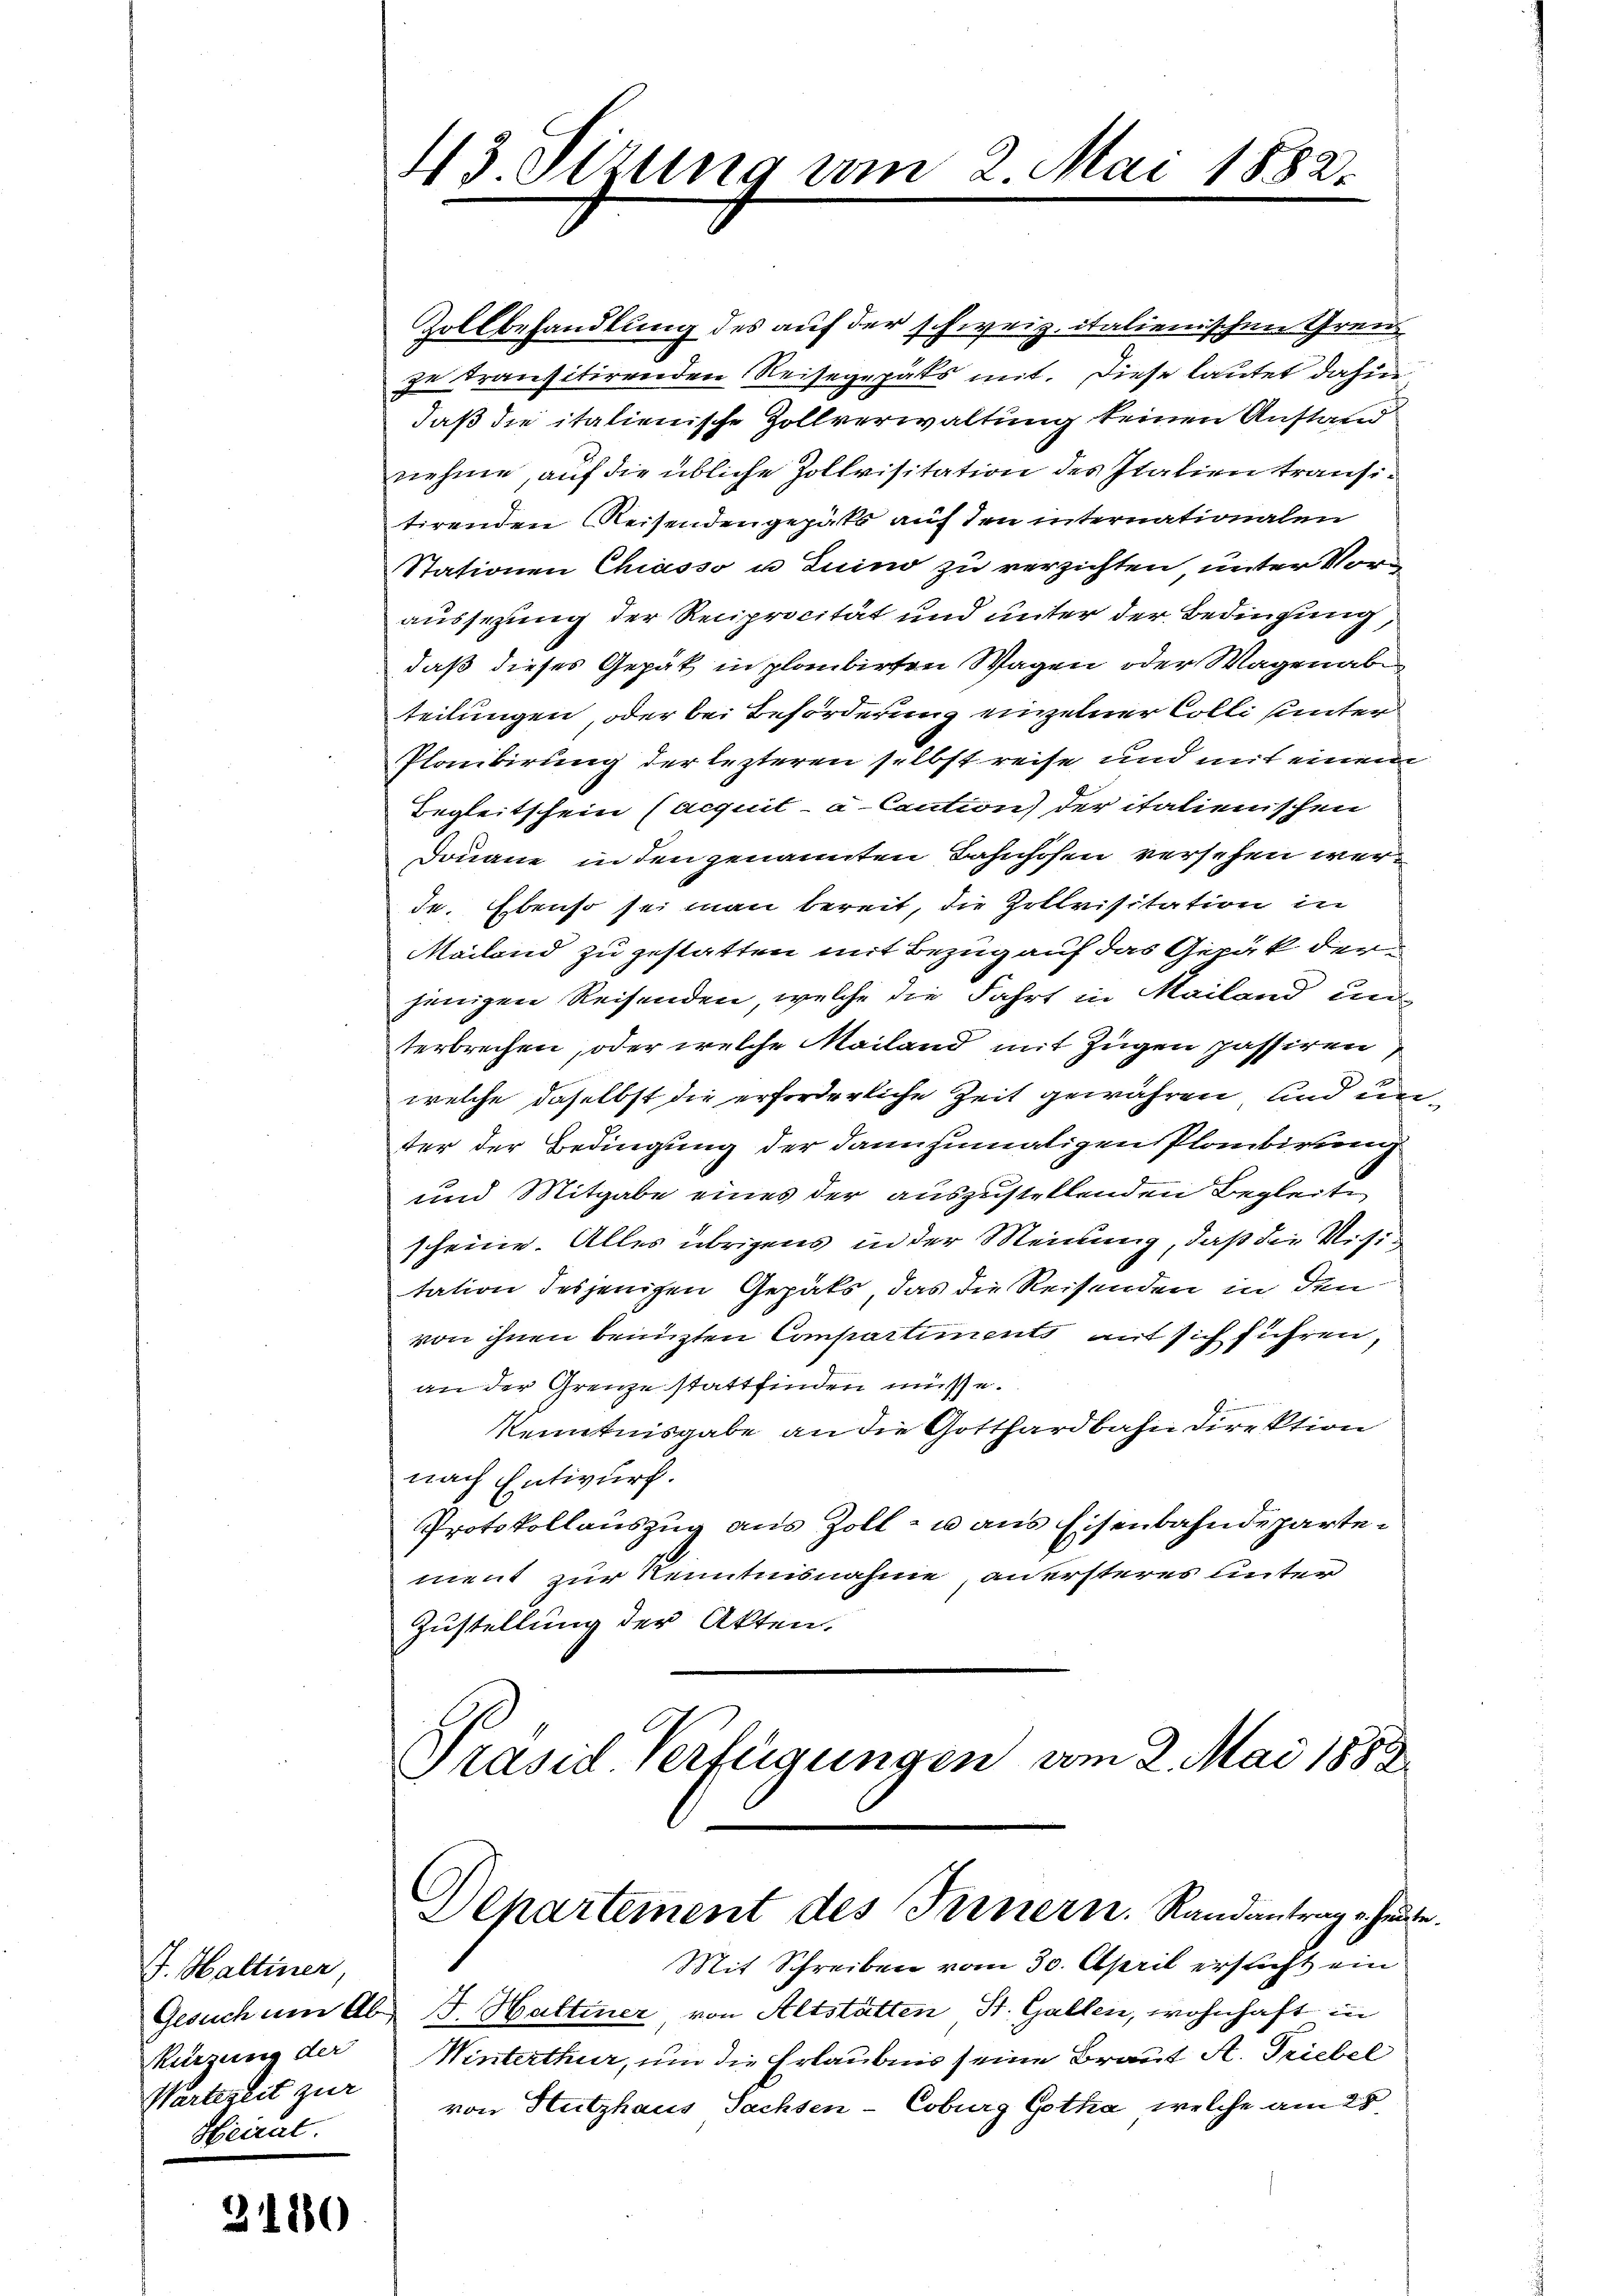
J. Haltiner,
Gesuch um Ab
Kürzung der
Wartezeit zur
Heirat

3180

43. Sizung um 2 Mai 1882.

Zollbehandlung des auf der schweiz. italienischen Gren
zu transitirenden Reisegepäts mit. Diese lautet dahin
daß die italienische Zollverwaltung keinen Anstand
nehme, auf die übliche Zollvisitation des Italien transitirenden Reisendengepäts auf den internationalen
Stationen Chiasso u Luino zu verzichten unter Voraussezung der Reciprocität und unter der Bedingung,
daß dieses Gepät in plaubirten Wagen oder Wagen ab
teilungen, oder bei Beförderung einzelner Colli unter
Plaubirung der lezteren selbst reise und mit einem
Begleitschein (acquit- a- Caution der italienischen
Donaue in den genannten Bahnhofen versehen werde. Ebenso sei man bereit, die Zollvisitation in
Mailand zu gestatten mit Bezug auf das Gepäck der
jenigen Reisenden, welche die Fahrt in Mailand un
terbrechen, oder welche Mailand mit Zugen passiren
welche daselbst die erforderliche Zeit gewähren, und un
ter der Bedingung der dannzumaligen Plantirung
und Mitgabe eines der auszustellenden Begleite
scheine. Alles übrigens in der Meinung, daß die Visitation desjenigen Gepäts, das die Reisenden in den
von ihnen benuzten Compartiments mit sich führen,
an der Grenze stattfinden müsse.
Kenntnisgabe an die Gotthardbahn direktion
nach Entwurf.
Protokollauszug aus Zoll- u aus Eisenbahndepartement zur Kenntnisnahme anersteres unter
Zustellung der Akten.
Präsid Verfügungen vom 2. Mai 1888

Mit Schreiben vom 30. April ersticht ein
I. Hattiner von Altstätten St. Gallen, wohnhaft in
Winterthur, um die Erlaubnis seine Braut A. Triebel
von Hutzhaus Sachsen-Coburg Gotha, welche am 25

Separtement des Ternern. Randantrag u. heute.

2